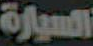
السيارة